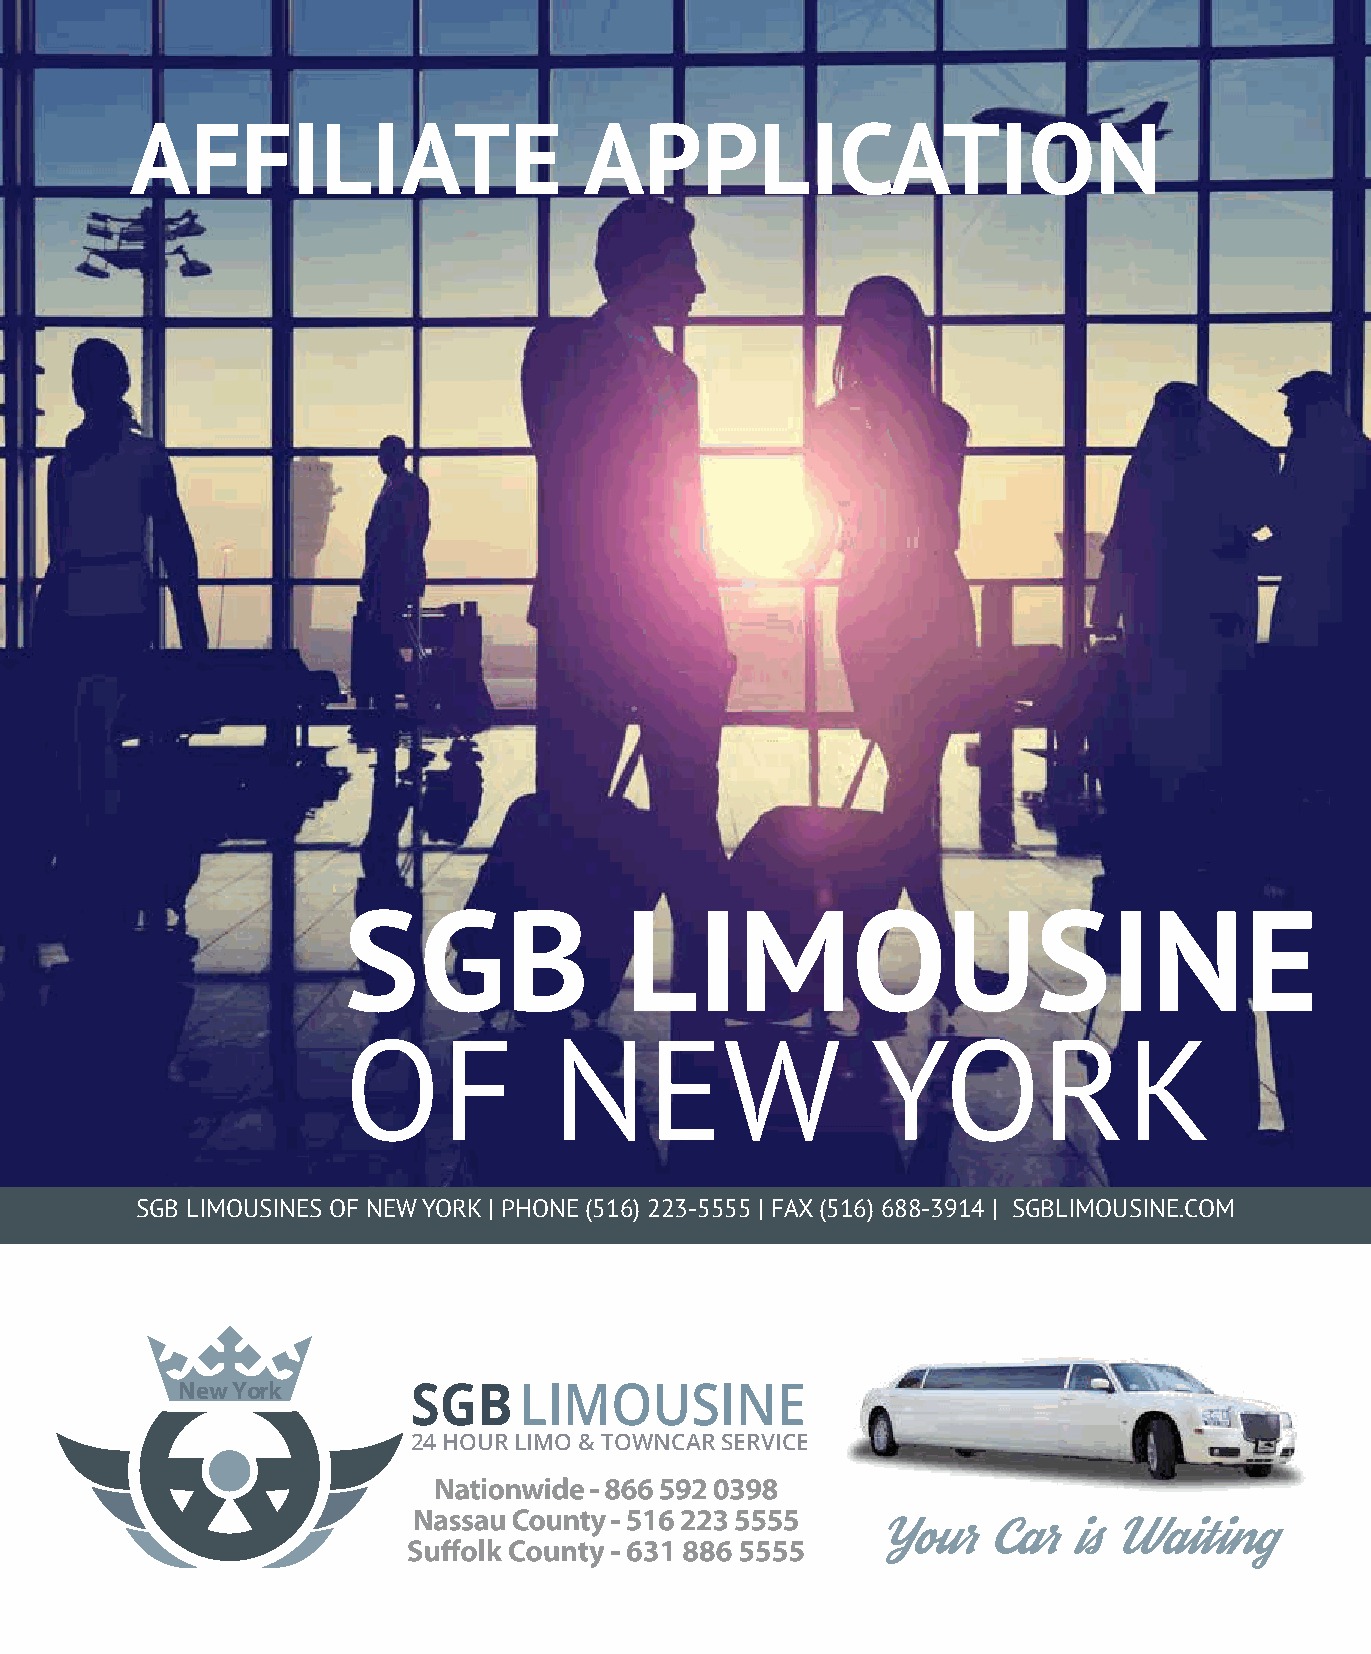
AFFILIATE                     APPLICATION
 SGB               LIMOUSINE
 OF            NEW                  YORK
 SGB LIMOUSINES OF NEW YORK | PHONE (516) 223-5555 | FAX (516) 688-3914 | SGBLIMOUSINE.COM
 New York       SGBLIMOUSINE
 24 HOUR LIMO & TOWNCAR SERVICE
 Your    Car  is Waiting